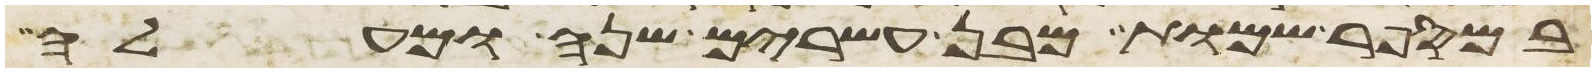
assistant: במספר שמות מבן עשרים שנה ומעלה